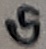
Text: G